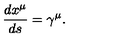
\frac { d x ^ { \mu } } { d s } = \gamma ^ { \mu } .